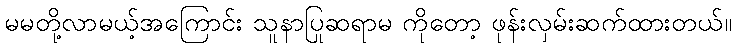
မမတို့လာမယ့်အကြောင်း သူနာပြုဆရာမ ကိုတော့ ဖုန်းလှမ်းဆက်ထားတယ်။